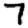
Digit: 7